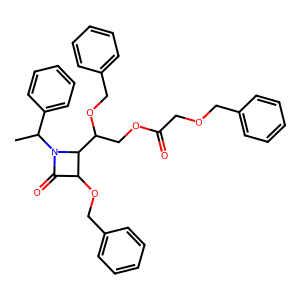
SMILES: CC(c1ccccc1)N1C(=O)C(OCc2ccccc2)C1C(COC(=O)COCc1ccccc1)OCc1ccccc1
Inhibits HIV replication: No